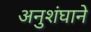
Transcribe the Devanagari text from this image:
अनुशंघाने